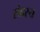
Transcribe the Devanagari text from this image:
संदस्य